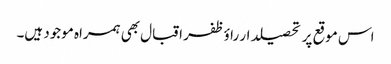
اس موقع پر تحصیلدار راؤظفر اقبال بھی ہمراہ موجود ہیں۔